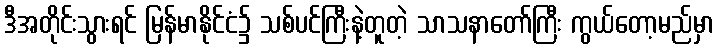
ဒီအတိုင်းသွားရင် မြန်မာနိုင်ငံ၌ သစ်ပင်ကြီးနဲ့တူတဲ့ သာသနာတော်ကြီး ကွယ်တော့မည်မှာ